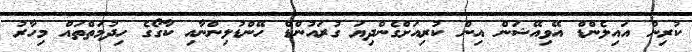
ކުރިން އައިލެންޑް އޭވިއޭޝަން އިން ކުރިއަށްގެންދިޔަ ގުރައުންޑް ހޭންޑުލިންނާއި ކާގޯގެ ހިދުމަތްތައް މިހާރު